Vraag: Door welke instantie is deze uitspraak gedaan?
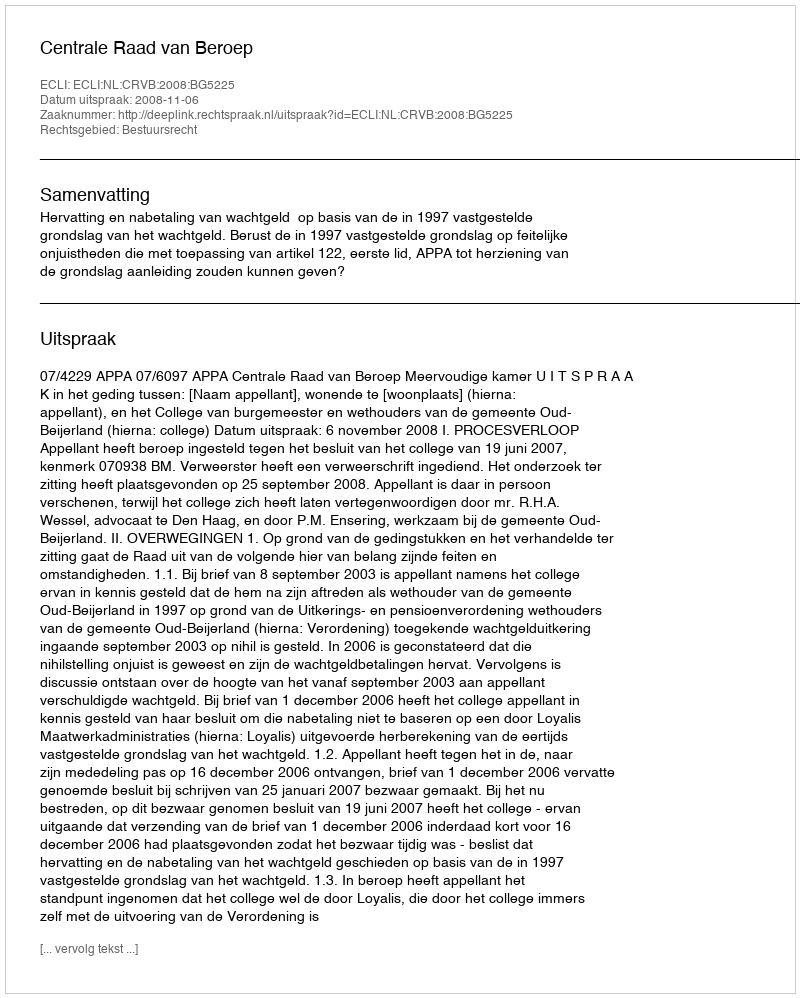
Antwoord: Centrale Raad van Beroep